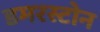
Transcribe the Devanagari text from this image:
डमरस्टोन